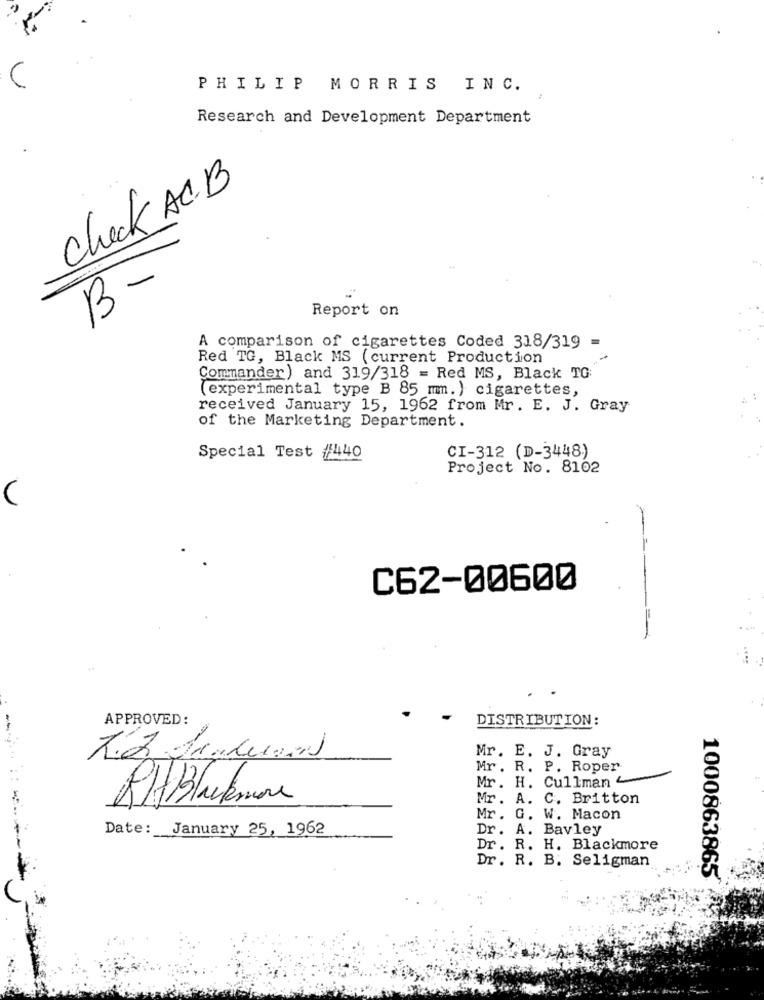
PHILIP MORRIS INC.
Research and Development Department
Check AC. B
B-
Report on
A comparison of cigarettes Coded 318/319 =
Red TG, Black MS ( current Production
Commander) and 319/318 = Red MS, Black TG:
(experimental type B 85 mm. ) cigarettes,
received January 15, 1962 from Mr. E. J. Gray
of the Marketing Department.
CI-312 (D-3448)
Special Test /440
Project No. 8102
(
C62-00600
APPROVED:
DISTRIBUTION:
Mr. E. J. Gray
Rio Ja Merzal
Mr. R. P. Roper
Mr. H. Cullman
RHBlackmore
Mr. A. C. Britton
Mr. G. W. Macon
Date: January 25, 1962
Dr. A. Bavley
Dr. R. H. Blackmore
Dr. R. B. Seligman
1000863865